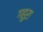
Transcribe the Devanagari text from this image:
गहुरा